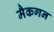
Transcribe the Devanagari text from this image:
मैकगन